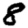
Digit: 8